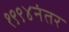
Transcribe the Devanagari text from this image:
१९९४नंतर